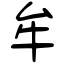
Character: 牟